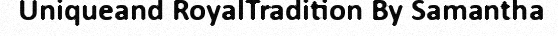
Uniqueand RoyalTradition By Samantha